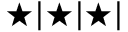
\bigstar | \bigstar | \bigstar |